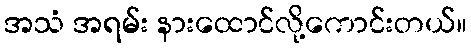
အသံ အရမ်း နားထောင်လို့ကောင်းတယ်။